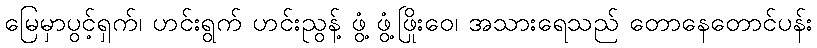
မြေမှာပွင့်ရှက်၊ ဟင်းရွက် ဟင်းညွန့် ဖွံ့ ဖွံ့ဖြိုးဝေ၊ အသားရေသည် တောနေတောင်ပန်း